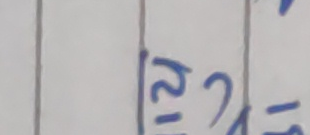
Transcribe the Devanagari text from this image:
२/१